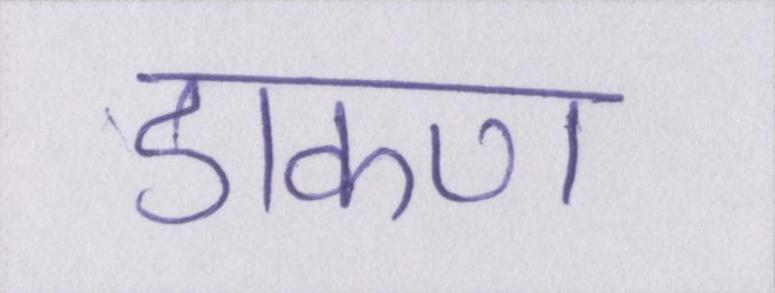
डाकण